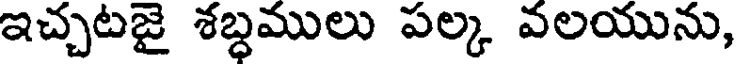
ఇచ్చటజై శబ్ధములు పల్క వలయును,